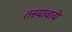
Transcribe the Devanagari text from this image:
तस्यांवाये